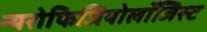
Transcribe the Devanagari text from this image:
न्यरोफिजियोलॉजिस्ट